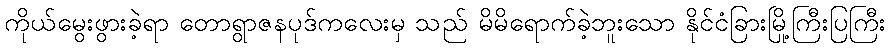
ကိုယ်မွေးဖွားခဲ့ရာ တောရွာဇနပုဒ်ကလေးမှ သည် မိမိရောက်ခဲ့ဘူးသော နိုင်ငံခြားမြို့ကြီးပြကြီး